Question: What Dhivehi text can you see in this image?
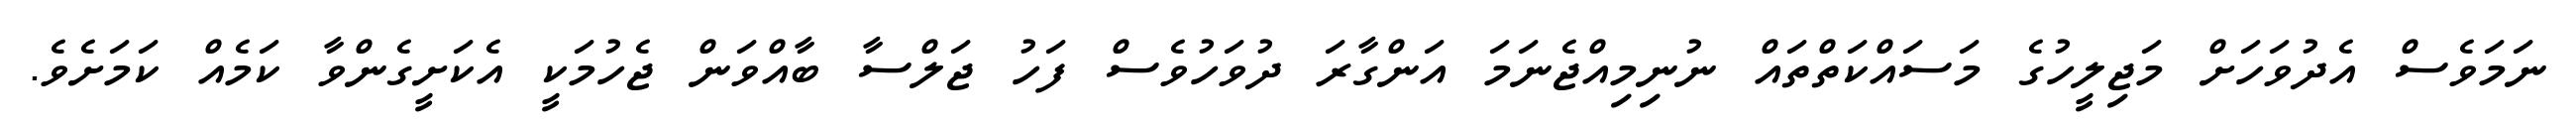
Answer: ނަމަވެސް އެދުވަހަށް މަޖިލީހުގެ މަސައްކަތްތައް ނުނިމިއްޖެނަމަ އަންގާރަ ދުވަހުވެސް ފަހު ޖަލްސާ ބާއްވަން ޖެހުމަކީ އެކަށީގެންވާ ކަމެއް ކަމަށެވެ.